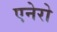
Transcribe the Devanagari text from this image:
एनेरो